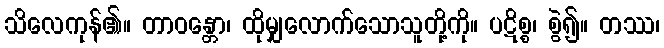
သိလေကုန်၏။ တာဝန္တော၊ ထိုမျှလောက်သောသူတို့ကို။ ပဋိစ္စ၊ စွဲ၍။ တဿ၊